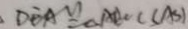
D E A \cong \Delta A B C ( S A S )